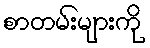
စာတမ်းများကို